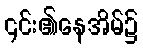
၎င်း၏နေအိမ်၌